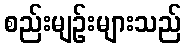
စည်းမျဉ်းများသည်